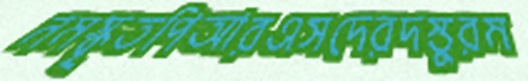
নমস্কৃতপিআরএসদেরদস্তুরম